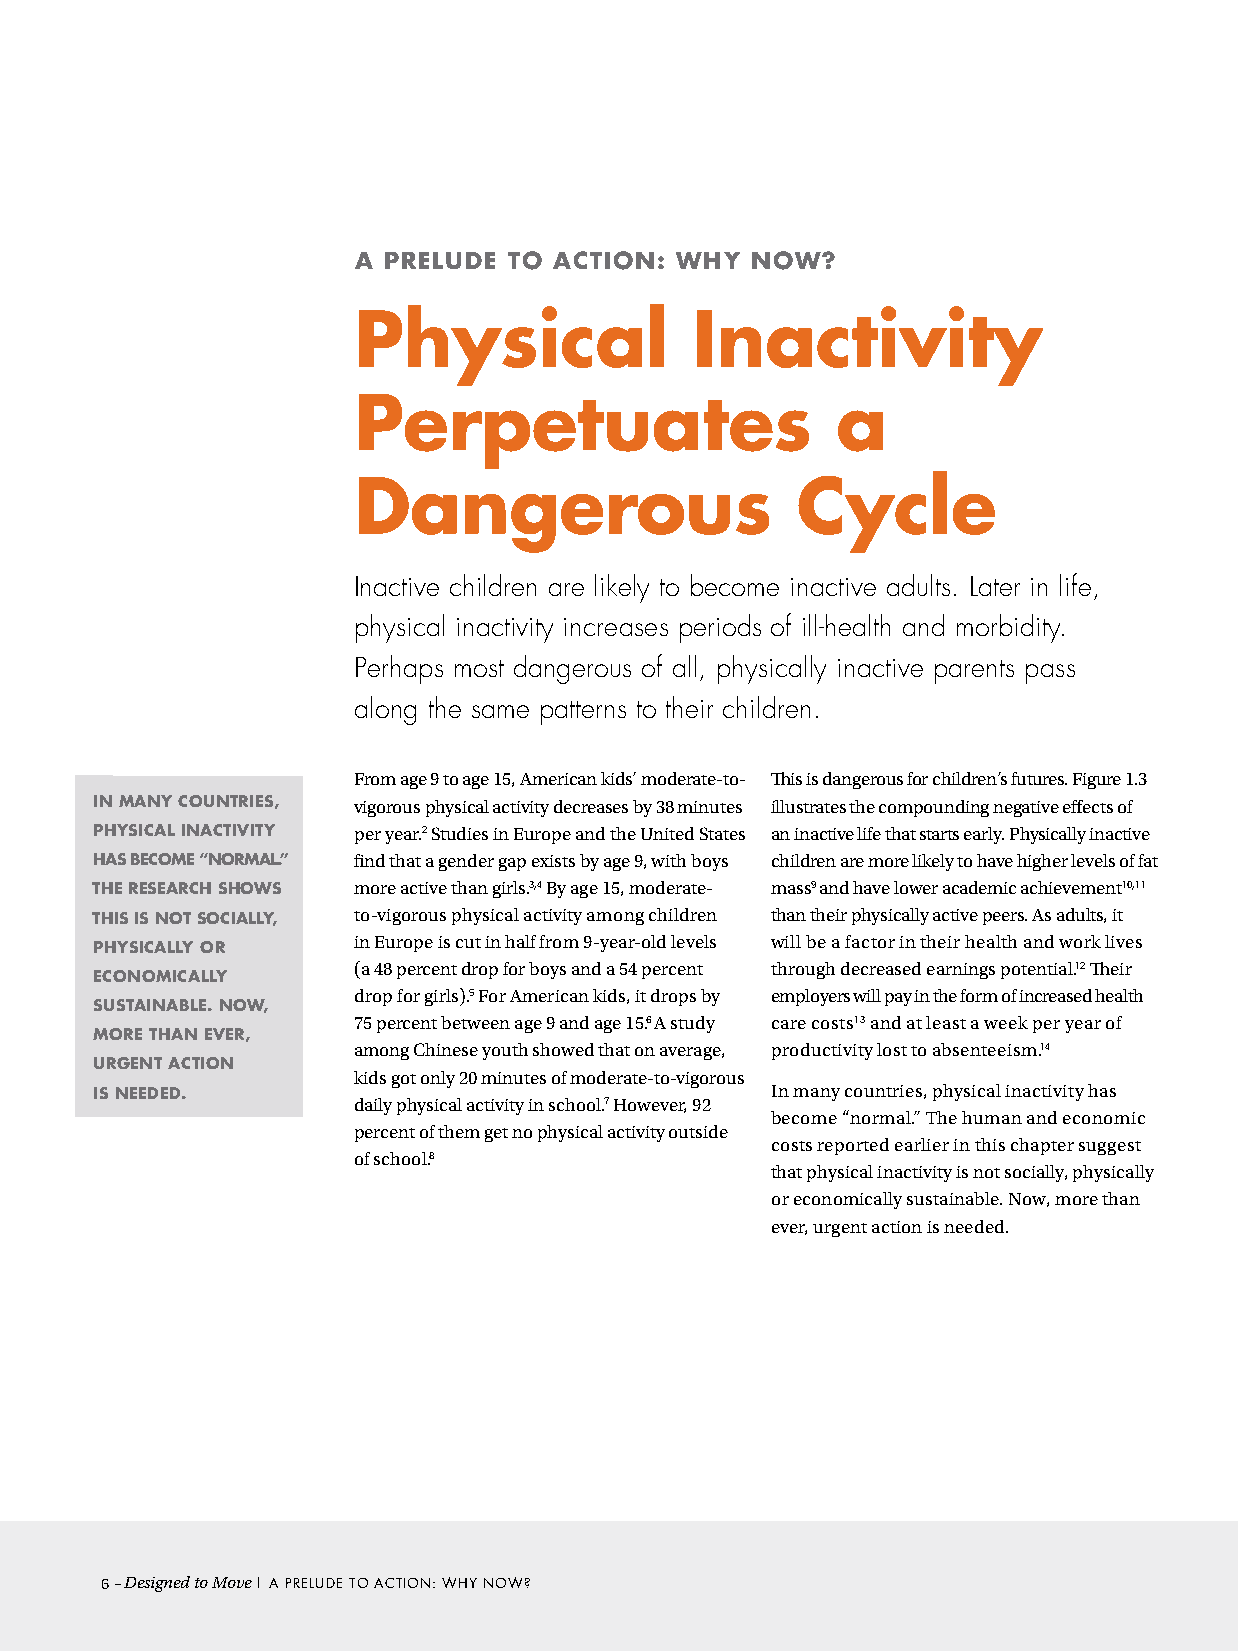
a prEluDE  TO acTION: why  NOw?
 physical               Inactivity
 perpetuates                     a
 Dangerous                     cycle
 Inactive children are likely to become inactive adults. Later in life,
 physical inactivity increases periods of ill-health and morbidity.
 Perhaps most dangerous of all, physically inactive parents pass
 along the same patterns to their children.
 From age 9 to age 15, American kids’ moderate-to- This is dangerous for children’s futures. Figure 1.3
 IN MaNy cOuNTrIES, vigorous physical activity decreases by 38 minutes illustrates the compounding negative effects of
 phySIcal INacTIVITy per year.2 Studies in Europe and the United States an inactive life that starts early. Physically inactive
 haS bEcOME “NOrMal.” find that a gender gap exists by age 9, with boys children are more likely to have higher levels of fat
 ThE rESEarch ShOwS more active than girls.3,4 By age 15, moderate- mass9 and have lower academic achievement10,11
 ThIS IS NOT SOcIally, to-vigorous physical activity among children than their physically active peers. As adults, it
 in Europe is cut in half from 9-year-old levels will be a factor in their health and work lives
 phySIcally Or
 (a 48 percent drop for boys and a 54 percent through decreased earnings potential.12 Their
 EcONOMIcally
 drop for girls).5 For American kids, it drops by employers will pay in the form of increased health
 SuSTaINablE. NOw,
 75 percent between age 9 and age 15.6 A study care costs13 and at least a week per year of
 MOrE ThaN EVEr,
 among Chinese youth showed that on average, productivity lost to absenteeism.14
 urGENT acTION
 kids got only 20 minutes of moderate-to-vigorous
 IS NEEDED.                                   In many countries, physical inactivity has
 daily physical activity in school.7 However, 92
 become “normal.” The human and economic
 percent of them get no physical activity outside
 costs reported earlier in this chapter suggest
 of school.8
 that physical inactivity is not socially, physically
 or economically sustainable. Now, more than
 ever, urgent action is needed.
 6– Designed to Move | A PRELudE TO AcTION: WHY NOW?